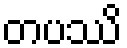
တပဿိ